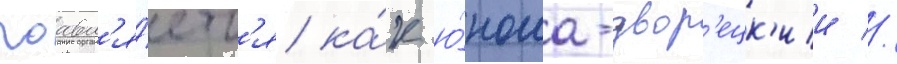
поавл'я́етс'я ка́к ю́ноша-двор'ецк'ии //